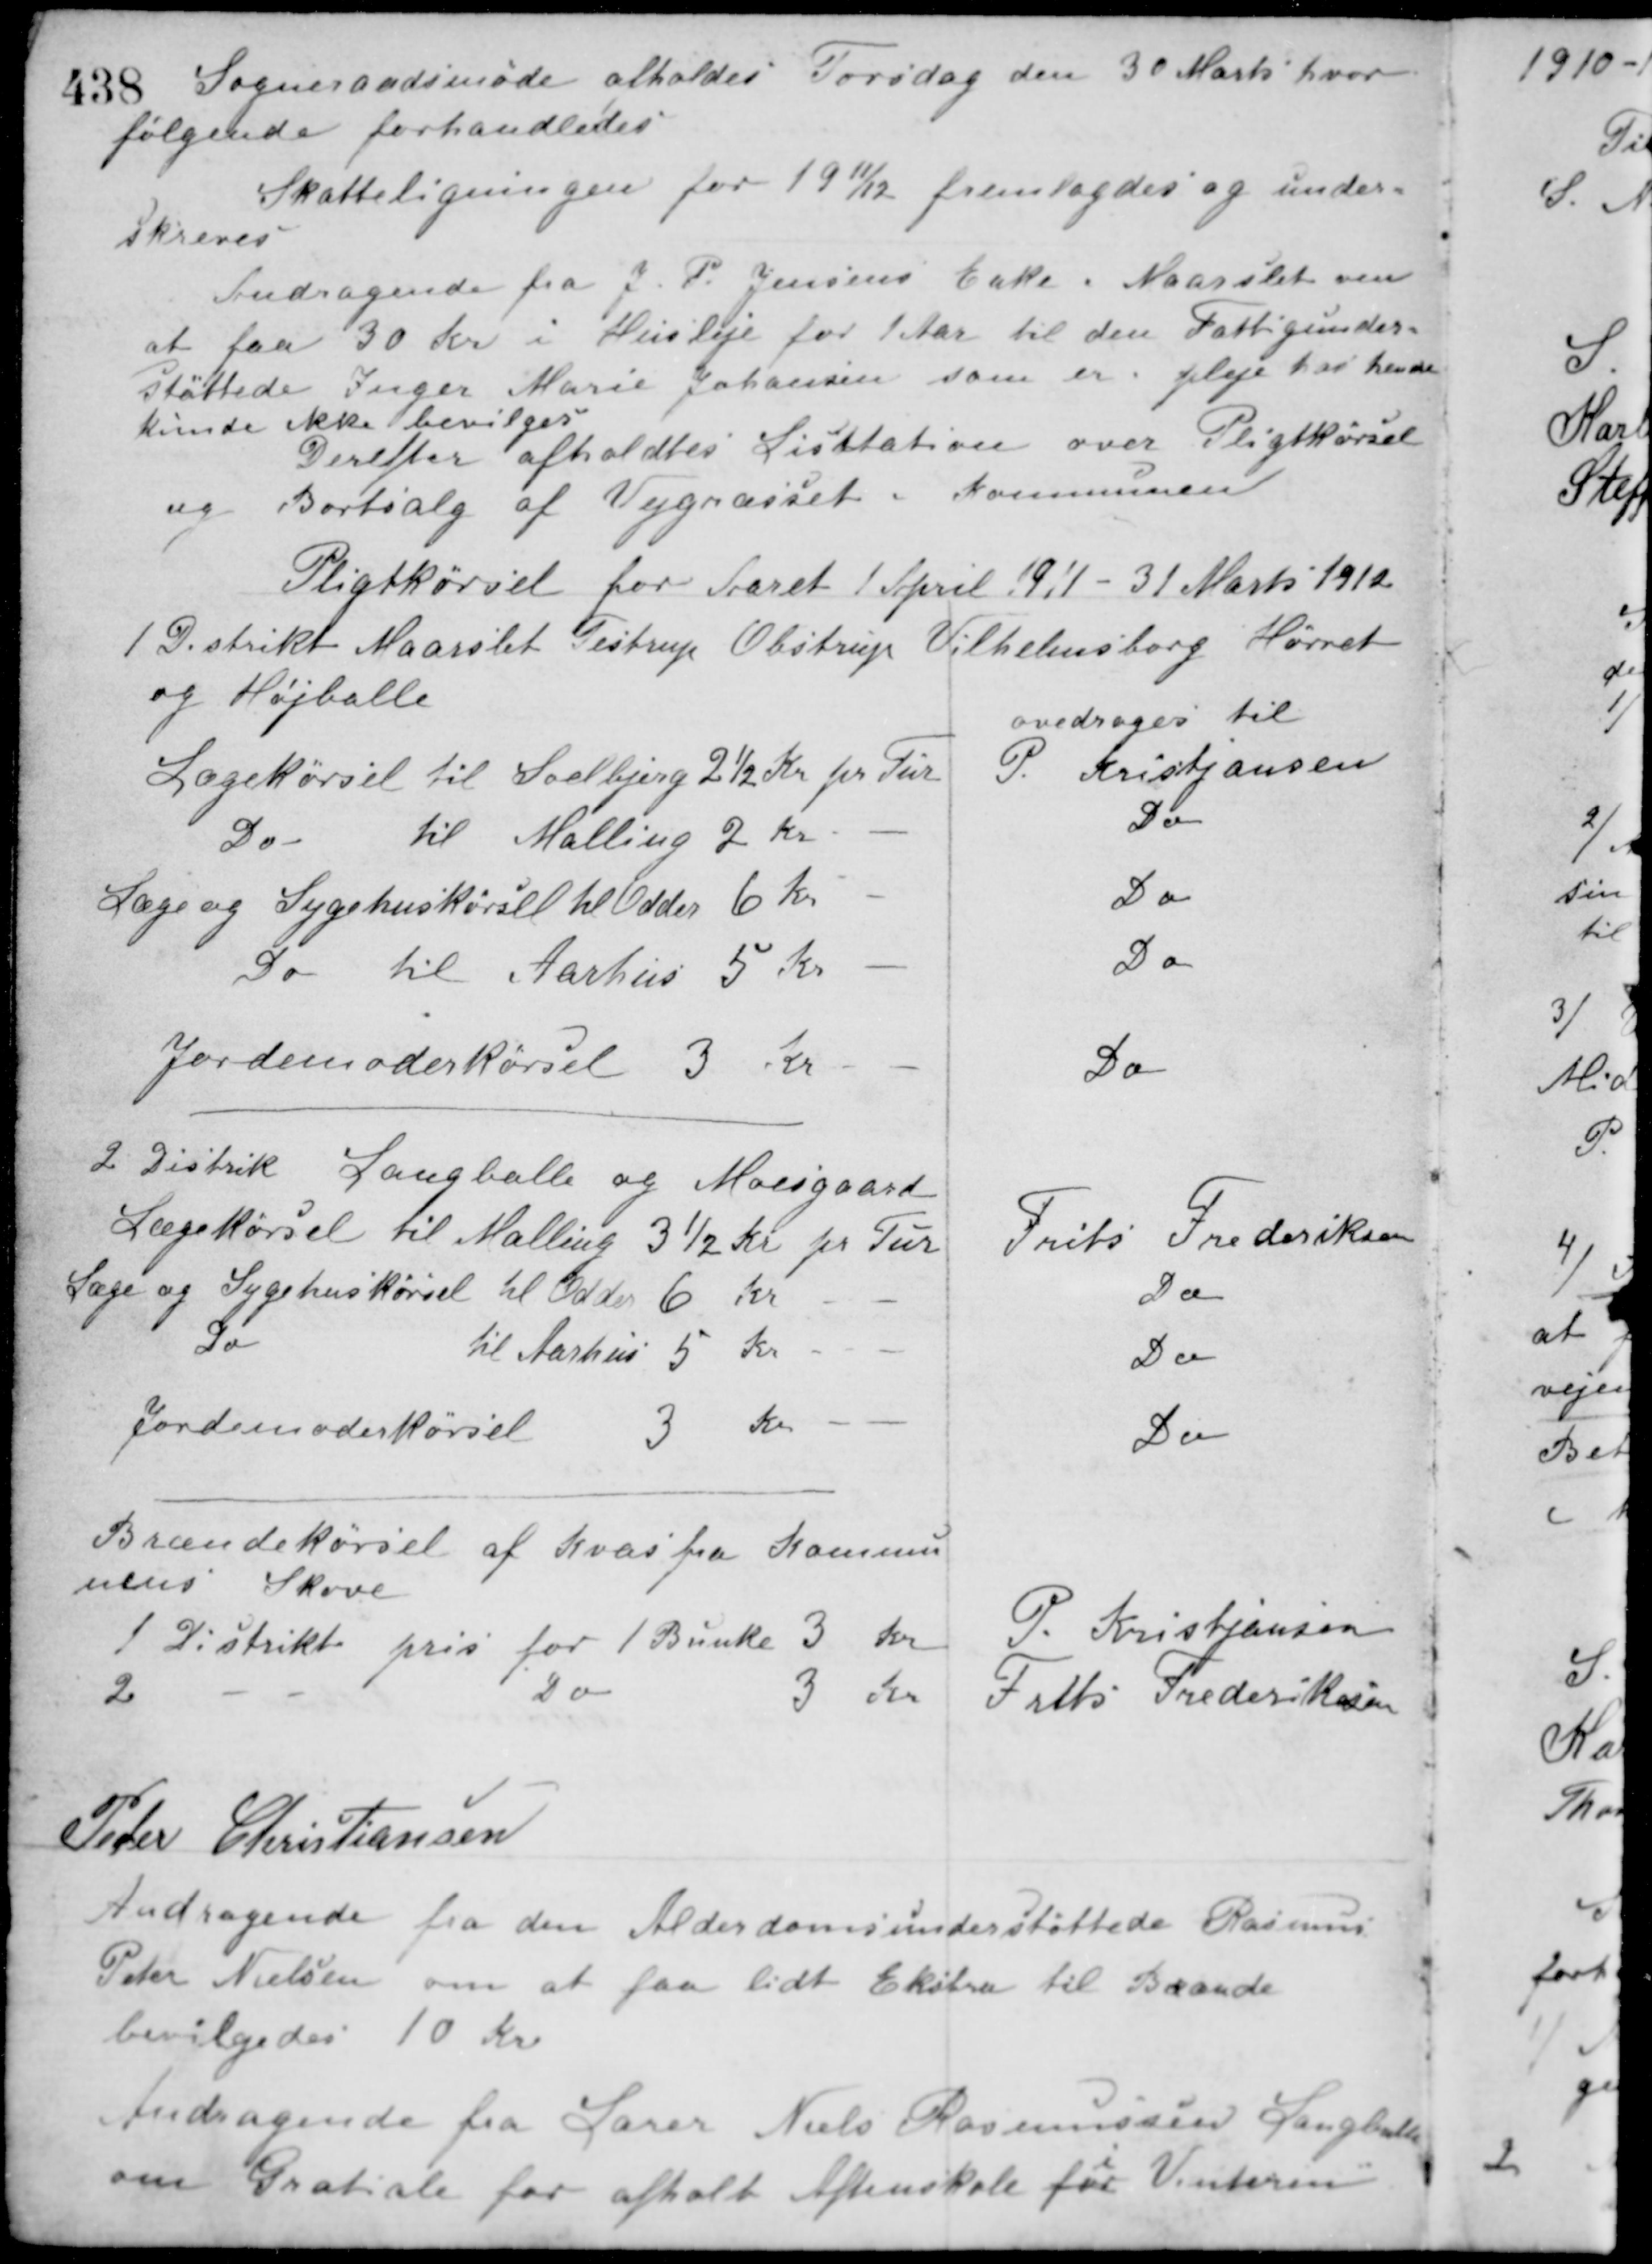
Transskription:
Sogneraadsmøde afholdes Torsdag den 30 Marts hvor
følgende forhandledes
Skatteligningen for 1911/12 fremlagdes og under-
skreves
Andragende fra J. P. Jensens Enke i Maarslet om
at faa 30 Kr. i Husleje for 1 Aar til den Fattigunder-
støttede Inger Marie Johansen som er i pleje hos hende
kunde ikke bevilges.
Derefter afholdtes Licitation over Pligtkørsel
og Bortsalg af Vejgræsset i Kommunen
Pligtkørsel for Aaret 1 April 1911 - 31 Marts 1912
1 Distrikt Maarslet Testrup Obstrup Vilhelmsborg Hørret
og Højballe
Lægekørsel til Soelbjerg 2½ Kr. pr. Tur
ovedrages til
P. Kristjansen
Do til Malling 2 Kr. - -
Do
Læge og Sygehuskørsel til Odder 6 Kr. - -
Do
Do til Aarhus 5 Kr. - -
Do
Jordemoderkørsel 3 Kr. - -
Do
2 Distrik Langballe og Moesgaard
Lægekørsel til Malling 3½ Kr. pr. Tur
Frits Frederiksen
Læge og Sygehuskørsel til Odder 6 Kr. - -
Do
Do til Aarhus 5 Kr. - -
Do
Jordemoderkørsel 3 Kr. - -
Do
Brændekørsel af Kvas fra Kommu-
nens Skove.
1 Distrikt pris for 1 Bunke 3 Kr.
P. Kristiansen
2 - Do 3 Kr.
Frits Frederiksen
Peder Christiansen
Andragende fra den Alderdomsunderstøttede Rasmus
Peter Nielsen om at faa lidt Ekstra til Brænde
bevilgedes 10 Kr.
Andragende fra Lærer Niels Rasmussen Langballe
om Gratiale for afholt Aftenskole for Vinteren